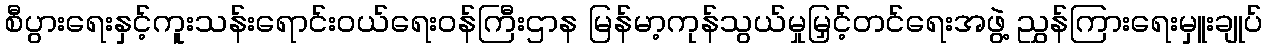
စီပွားရေးနှင့်ကူးသန်းရောင်းဝယ်ရေးဝန်ကြီးဌာန မြန်မာ့ကုန်သွယ်မှုမြှင့်တင်ရေးအဖွဲ့ ညွှန်ကြားရေးမှူးချုပ်